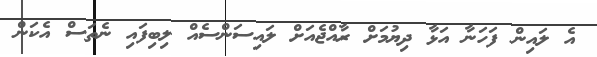
އެ ލައިން ފަހަނާ އަޅާ ދިޔުމަށް ރާއްޖެއަށް ލައިސަންސެއް ލިބިފައި ނެތަސް އެކަން